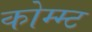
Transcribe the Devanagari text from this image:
कोम्म्ट